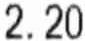
2.20